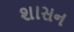
શાસન